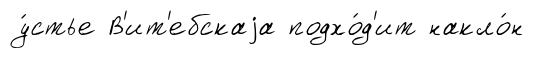
у́стье В'ит'ебскаjа подхо́д'ит накло́н